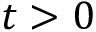
t > 0